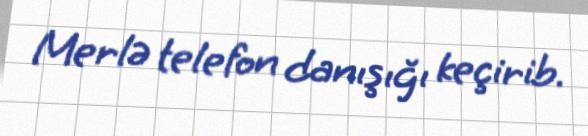
Merlə telefon danışığı keçirib.